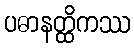
ပဓာနတ္ထိကဿ